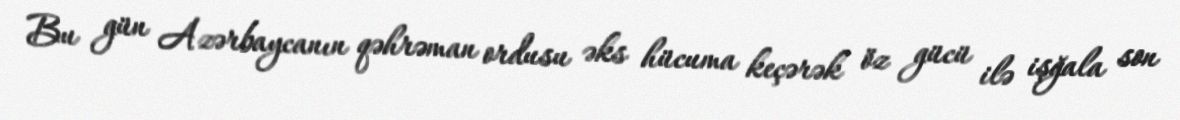
Bu gün Azərbaycanın qəhrəman ordusu əks hücuma keçərək öz gücü ilə işğala son